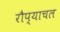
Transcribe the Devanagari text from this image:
रौप्याचल